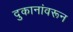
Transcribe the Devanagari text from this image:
दुकानांवरून